Scottish Leaving Certificate Examination, 1955
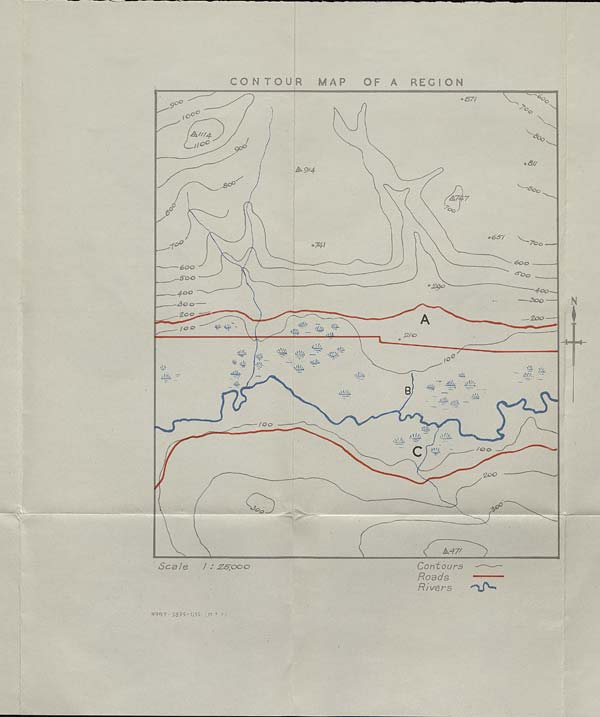
CONTOUR
MAP
OF A
REGION
avi
nO
*
V,
A///4.
tf cb
tl°°
90®
8//
£*914
y
<p
Oo
^75
°c
6o7
7t>o
J
600
600
•^Oo
iOO
.290
■?©£>
4-00
30
Zoo
A
ZOO
llli4
sUt
\V/' ,
I2/G
\£L
\U4
\o
y/r-.
m
Aik.
silLu
mi
,\M/r,
' I k mi.
KJ
/OO
V u,
■ VL,
C
/Oo
ZOO
cP
&47'
Scale
/ / jzs~'Oac>
Contours
——-
Roads
Rivers
9987- S895- 1/55. ;m.F K;